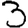
Digit: 3